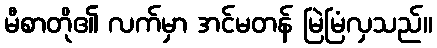
မီစာတို၏ လက်မှာ အင်မတန် မြဲမြံလှသည်။